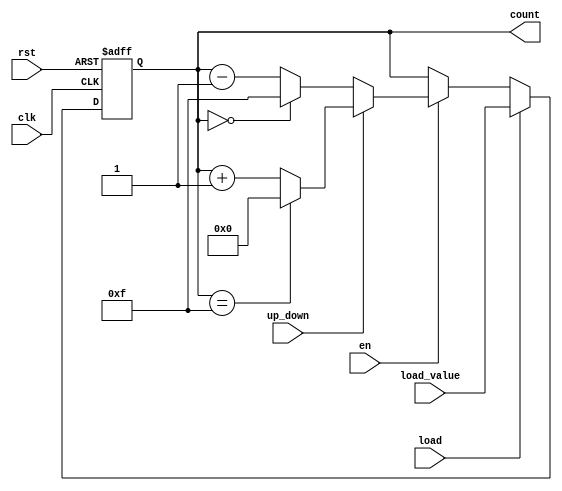
module MemoryBlocksBinaryCounter #(
    parameter BIT_WIDTH = 4,          // Bit width of the counter
    parameter MAX_COUNT = (1 << BIT_WIDTH) - 1 // Maximum count value
)(
    input wire clk,                   // Clock signal
    input wire rst,                   // Asynchronous reset
    input wire en,                    // Enable signal
    input wire load,                  // Load signal
    input wire [BIT_WIDTH-1:0] load_value, // Value to load into the counter
    input wire up_down,               // Up/Down control signal (1 for up, 0 for down)
    output reg [BIT_WIDTH-1:0] count  // Current count value
);

    always @(posedge clk or posedge rst) begin
        if (rst) begin
            count <= 0; // Reset count to 0
        end else if (load) begin
            count <= load_value; // Load specified value
        end else if (en) begin
            if (up_down) begin
                // Increment the counter and wrap around
                count <= (count == MAX_COUNT) ? 0 : count + 1;
            end else begin
                // Decrement the counter and wrap around
                count <= (count == 0) ? MAX_COUNT : count - 1;
            end
        end
    end

endmodule